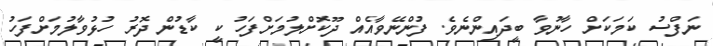
ނަފްސު ކަމަކަށް ހާނުވާ ބީދައިންނެވެ. ފުންނޭވާއެއް ދޫކޮށްލުމަށްފަހު ކީ ކާޑުން ދޮރު ހުޅުވާލުމަށްފަހު